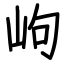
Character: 岣